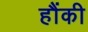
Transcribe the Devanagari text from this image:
हौंकी